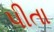
પીતા